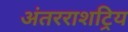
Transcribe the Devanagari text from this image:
अंतरराशट्रिय